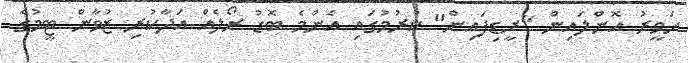
ހަވީރު އޮންލައިން "ރީޑިފައިން" ކުރުމުގައި އެންމެ ބޮޑު ރޯލެއް އަދާކުރި ޒުވާން ޓީމުގެ